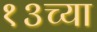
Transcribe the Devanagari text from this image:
१३च्या